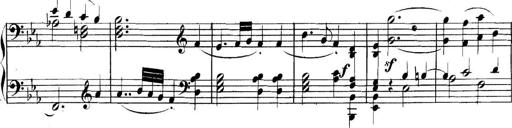
Title: Collected Piano Sonatas
Composer: Muzio Clementi